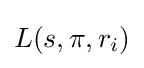
L(s,\pi ,r_{i})